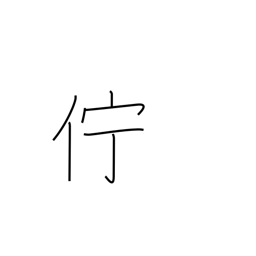
Meaning: linger